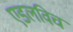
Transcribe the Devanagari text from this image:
एडलविच